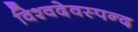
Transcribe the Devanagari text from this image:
विश्वदेवस्पन्द